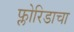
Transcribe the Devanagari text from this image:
फ्लोरिडाचा